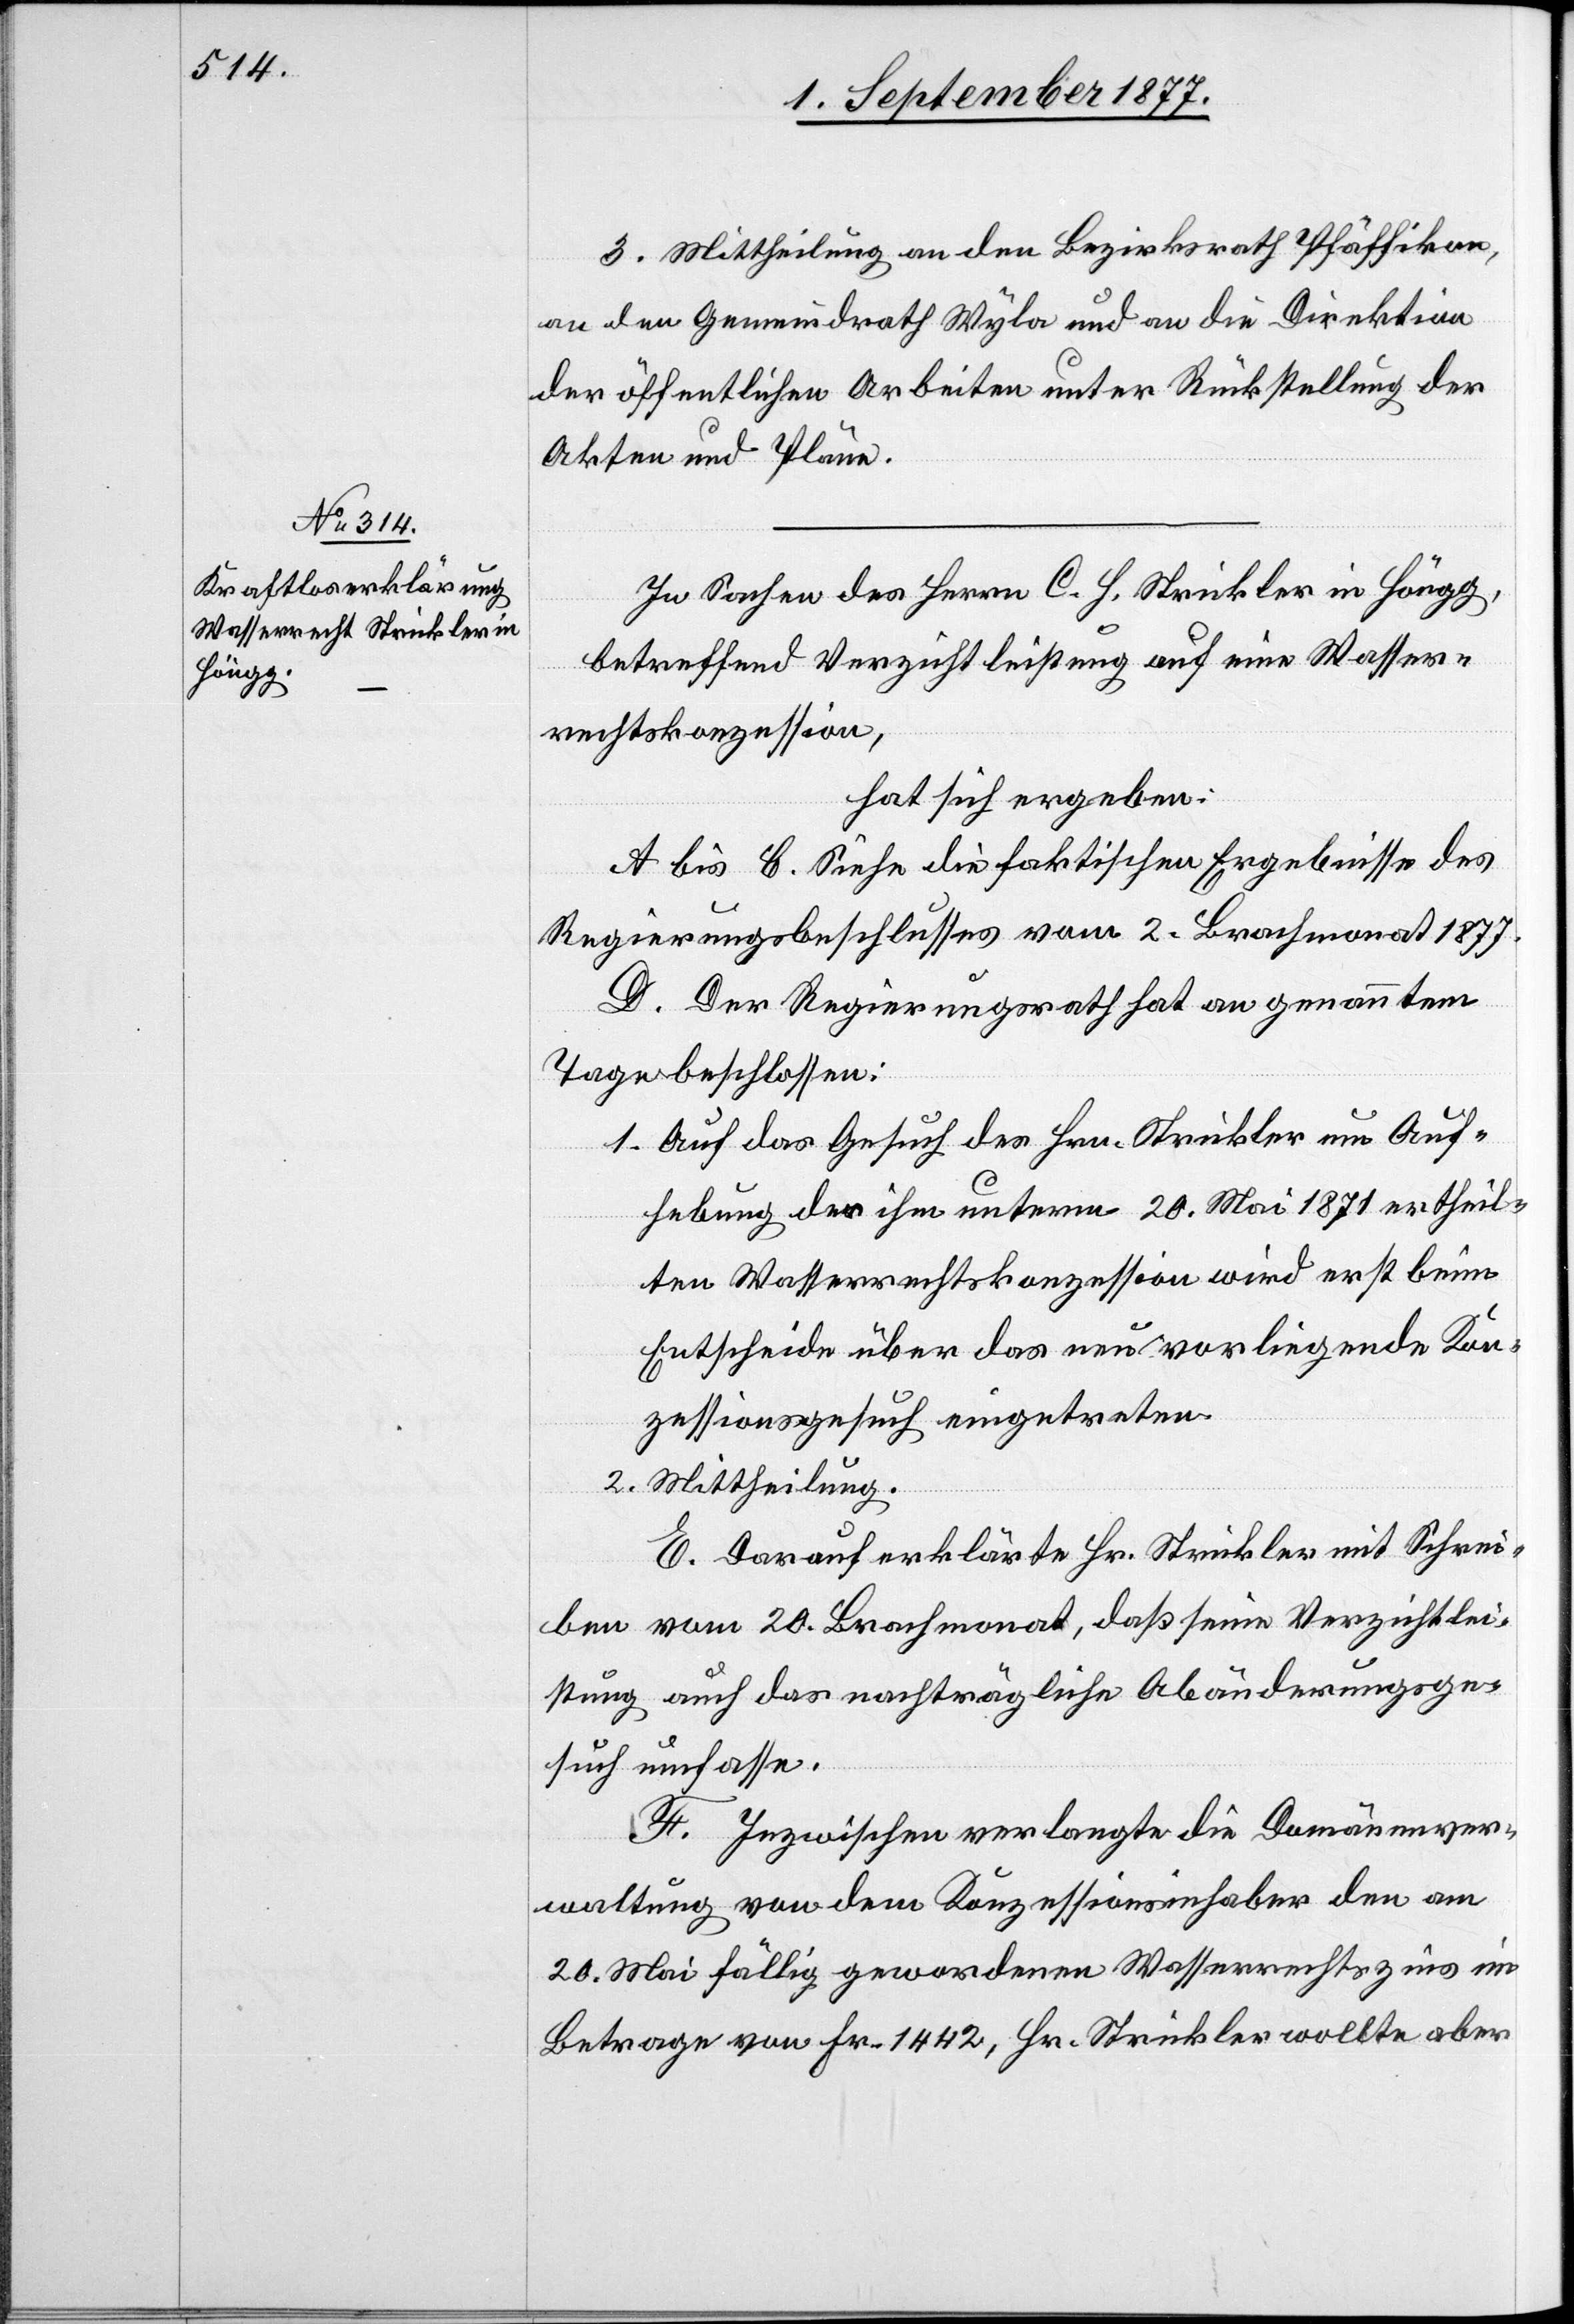
2.

3. Mittheilung an den Bezirksrath Pfäffikon,
an den Gemeindrath Wyla und an die Direktion
der öffentlichen Arbeiten unter Rückstellung der
Akten und Pläne.
In Sachen des Herrn C. H. Strickler in Höngg,
betreffend Verzichtleistung auf eine Wasser¬
rechtskonzession,
hat sich ergeben:
A bis C. Siehe die faktischen Ergebnisse des
Regierungsbeschlusses vom 2. Brachmonat 1877.
D. Der Regierungsrath hat an genanntem
Tage beschlossen:
Auf das Gesuch des Hrn. Strickler um Auf¬
hebung der ihm unterm 20. Mai 1871 ertheil¬
ten Wasserrechtskonzession wird erst beim
Entscheide über das neu vorliegende Kon¬
zessionsgesuch eingetreten.
Mittheilung.
E. Darauf erklärte Hr. Strickler mit Schrei¬
ben vom 20. Brachmonat, daß seine Verzichtlei¬
stung auch das nachträgliche Abänderungsge¬
such umfasse.
F. Inzwischen verlangte die Domänenver¬
waltung von dem Konzessionsinhaber den am
20. Mai fällig gewordenen Wasserrechtszins im
Betrage von Fr. 1442, Hr. Strickler wollte aber